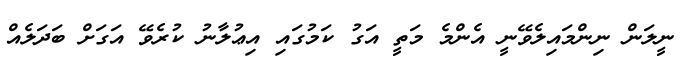
ނީލަން ނިންމައިލެވޭނީ އެންމެ މަތީ އަގު ކަމުގައި އިޢުލާނު ކުރެވޭ އަގަށް ބަދަލެއް